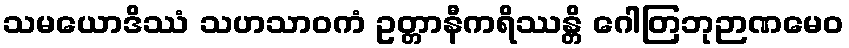
သမယောဒိဿံ သဟသာဝကံ ဥတ္တာနီကရိဿန္တိ ဂေါတြဘုဉာဏမေဝ